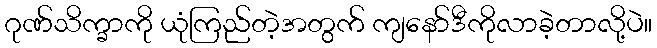
ဂုဏ်သိက္ခာကို ယုံကြည်တဲ့အတွက် ကျနော်ဒီကိုလာခဲ့တာလို့ပဲ။